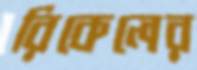
রিকেলের